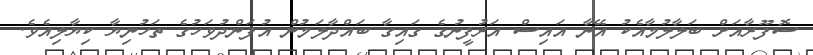
ސޮފޫރާއަށް ބަލާލުމާއެކު އޭނާ އައިސް އަރުފީނުގެ ގައިގާ ބައްދާލަމުން އުފަންދުވަހުގެ ތަހުނިޔާ ކިޔާލިއެވެ.